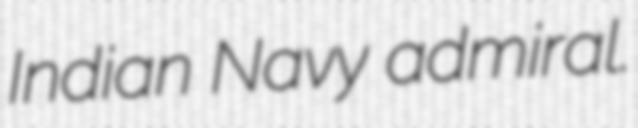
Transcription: Indian Navy admiral.